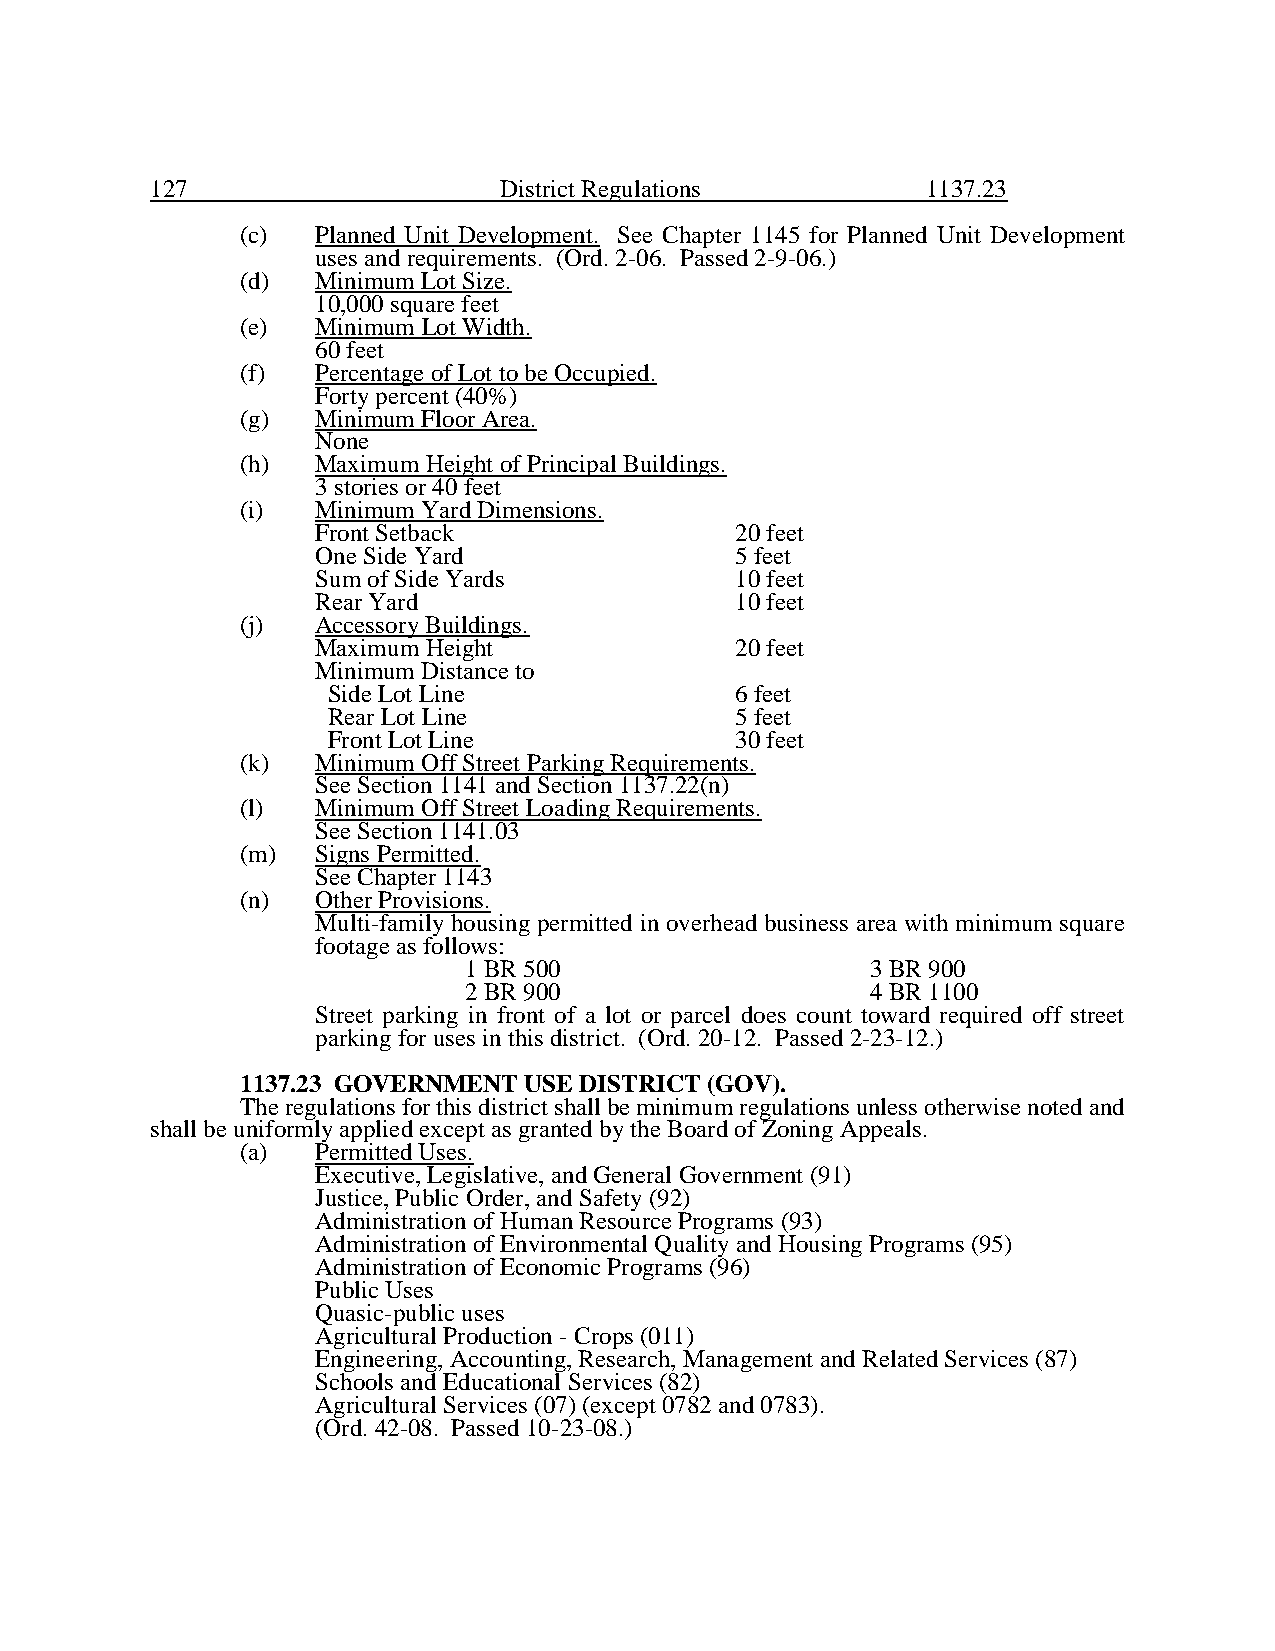
127                    District Regulations        1137.23
 (c)  Planned Unit Development. See Chapter 1145 for Planned Unit Development
 uses and requirements. (Ord. 2-06. Passed 2-9-06.)
 (d)  Minimum Lot Size.
 10,000 square feet
 (e)  Minimum Lot Width.
 60 feet
 (f)  Percentage of Lot to be Occupied.
 Forty percent (40%)
 (g)  Minimum Floor Area.
 None
 (h)  Maximum Height of Principal Buildings.
 3 stories or 40 feet
 (i)  Minimum Yard Dimensions.
 Front Setback               20 feet
 One Side Yard               5 feet
 Sum of Side Yards           10 feet
 Rear Yard                   10 feet
 (j)  Accessory Buildings.
 Maximum Height              20 feet
 Minimum Distance to
 Side Lot Line              6 feet
 Rear Lot Line              5 feet
 Front Lot Line             30 feet
 (k)  Minimum Off Street Parking Requirements.
 See Section 1141 and Section 1137.22(n)
 (l)  Minimum Off Street Loading Requirements.
 See Section 1141.03
 (m)  Signs Permitted.
 See Chapter 1143
 (n)  Other Provisions.
 Multi-family housing permitted in overhead business area with minimum square
 footage as follows:
 1 BR 500                   3 BR 900
 2 BR 900                   4 BR 1100
 Street parking in front of a lot or parcel does count toward required off street
 parking for uses in this district. (Ord. 20-12. Passed 2-23-12.)
 1137.23 GOVERNMENT USE DISTRICT (GOV).
 The regulations for this district shall be minimum regulations unless otherwise noted and
 shall be uniformly applied except as granted by the Board of Zoning Appeals.
 (a)  Permitted Uses.
 Executive, Legislative, and General Government (91)
 Justice, Public Order, and Safety (92)
 Administration of Human Resource Programs (93)
 Administration of Environmental Quality and Housing Programs (95)
 Administration of Economic Programs (96)
 Public Uses
 Quasic-public uses
 Agricultural Production - Crops (011)
 Engineering, Accounting, Research, Management and Related Services (87)
 Schools and Educational Services (82)
 Agricultural Services (07) (except 0782 and 0783).
 (Ord. 42-08. Passed 10-23-08.)